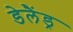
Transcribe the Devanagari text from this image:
डेलैंड्र